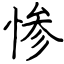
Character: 惨